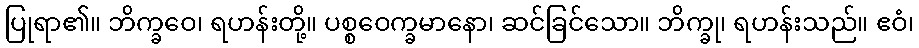
ပြုရာ၏။ ဘိက္ခဝေ၊ ရဟန်းတို့။ ပစ္စဝေက္ခမာနော၊ ဆင်ခြင်သော။ ဘိက္ခု၊ ရဟန်းသည်။ ဧဝံ၊